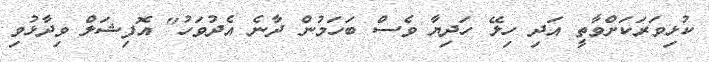
ކުޅިވަރަކަށްވާތީ އަދި ހިލޭ ހަދިޔާ ވެސް ބަހަމުން ދާނެ އެދުވަހު" އޮފިޝަލް ވިދާޅުވި